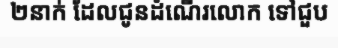
២នាក់ ដែលជូនដំណើរលោក ទៅជួប